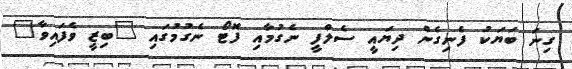
ގިނަ ބަޔަކު ފެނިގެން ދިޔައީ ސެލްފީ ނެގުމާއި ފޮޓޯ ނެގުމުގައި "ބިޒީ ވެފައިވާ"